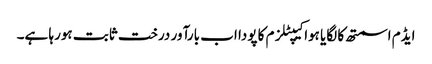
ایڈم اسمتھ کا لگایا ہوا کیپٹلزم کا پودا اب بارآور درخت ثابت ہورہا ہے۔